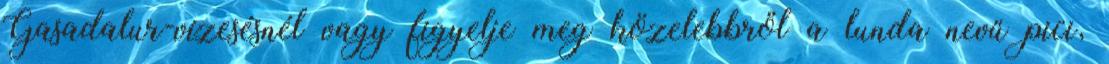
Gasadalur-vízesésnél vagy figyelje meg közelebbről a lunda nevű pici,